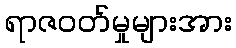
ရာဇဝတ်မှုများအား